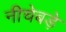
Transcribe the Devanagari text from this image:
नीचेबड़े